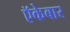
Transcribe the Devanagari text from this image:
ऍकेबार